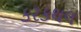
કરકથલ